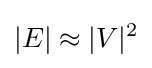
|E|\approx |V|^{2}